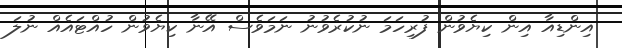
އިންޑިއާ އިން ކިޔެވުން ފުރިހަމަ ނުކުރެވުނު ނަމަވެސް އޭނާ ކިޔެވުން ހުއްޓައެއް ނުލަ